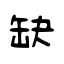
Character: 缺